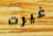
غيرت